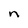
Character: n